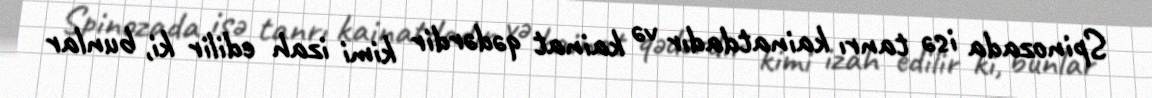
Spinozada isə tanrı kainatdadır və kainat qədərdir kimi izah edilir ki, bunlar